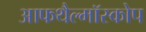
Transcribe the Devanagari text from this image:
आफथैल्मॉस्कोप